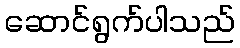
ဆောင်ရွက်ပါသည်